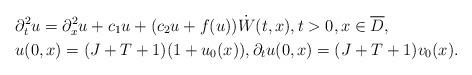
LaTeX: \begin{align*}\begin{aligned}&\partial^2_tu=\partial^2_xu+c_1u+(c_2u+f(u)) \dot{W}(t,x),t>0,x\in \overline{D},\\&u(0,x)=(J+T+1)(1+u_0(x)),\partial_tu(0,x)=(J+T+1)v_0(x).\\\end{aligned} \end{align*}